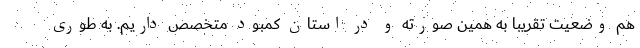
هم وضعیت تقریبا به همین صورته و در استان کمبود متخصص داریم. به طوری